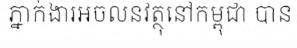
ភ្នាក់ងារអចលនវត្ថុនៅកម្ពុជា បាន